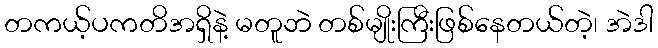
တကယ့်ပကတိအရှိနဲ့ မတူဘဲ တစ်မျိုးကြီးဖြစ်နေတယ်တဲ့၊ အဲဒါ